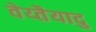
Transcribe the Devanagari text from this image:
वेय्तैयादु